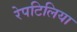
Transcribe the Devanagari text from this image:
रेपटिलिया